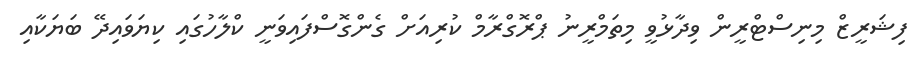
ފިޝަރީޒް މިނިސްޓްރީން ވިދާޅުވީ މިތަމްރީނު ޕްރޮގްރާމް ކުރިއަށް ގެންގޮސްފައިވަނީ ކްލާހުގައި ކިޔަވައިދޭ ބަޔަކާއި